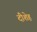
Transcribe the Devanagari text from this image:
दीशेह